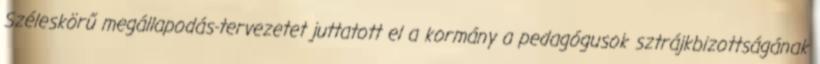
Széleskörű megállapodás-tervezetet juttatott el a kormány a pedagógusok sztrájkbizottságának